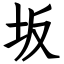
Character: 坂